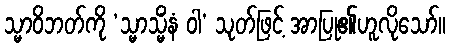
သ္မာဝိဘတ်ကို ‘သ္မာသ္မိံနံ ဝါ’ သုတ်ဖြင့် အာပြု၏ဟူလိုသော်။